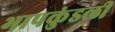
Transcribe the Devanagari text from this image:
भापकुंडली